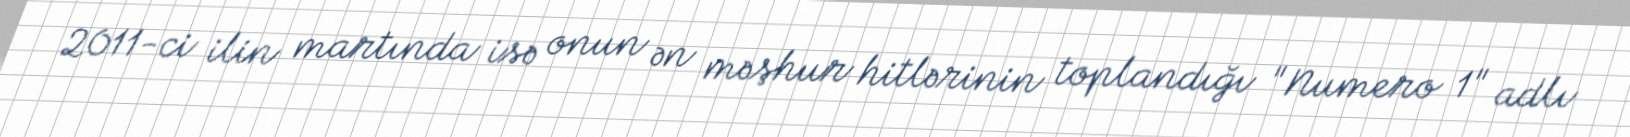
2011-ci ilin martında isə onun ən məşhur hitlərinin toplandığı "Numero 1" adlı